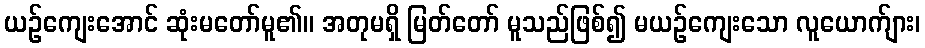
ယဉ်ကျေးအောင် ဆုံးမတော်မူ၏။ အတုမရှိ မြတ်တော် မူသည်ဖြစ်၍ မယဉ်ကျေးသော လူယောက်ျား၊